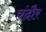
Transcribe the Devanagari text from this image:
चंदौर